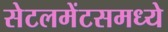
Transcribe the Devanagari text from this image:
सेटलमेंटसमध्ये